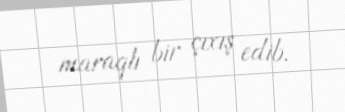
maraqlı bir çıxış edib.